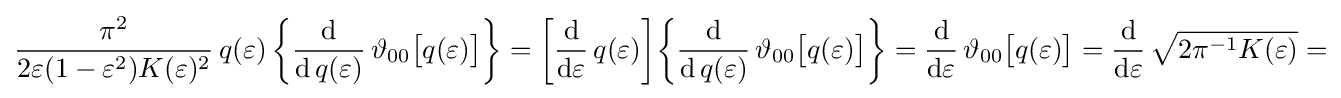
{\frac {\pi ^{2}}{2\varepsilon (1-\varepsilon ^{2})K(\varepsilon )^{2}}}\,q(\varepsilon )\,{\biggl \{}{\frac {\mathrm {d} }{\mathrm {d} \,q(\varepsilon )}}\,\vartheta _{00}{\bigl [}q(\varepsilon ){\bigr ]}{\biggr \}}={\biggl [}{\frac {\mathrm {d} }{\mathrm {d} \varepsilon }}\,q(\varepsilon ){\biggr ]}{\biggl \{}{\frac {\mathrm {d} }{\mathrm {d} \,q(\varepsilon )}}\,\vartheta _{00}{\bigl [}q(\varepsilon ){\bigr ]}{\biggr \}}={\frac {\mathrm {d} }{\mathrm {d} \varepsilon }}\,\vartheta _{00}{\bigl [}q(\varepsilon ){\bigr ]}={\frac {\mathrm {d} }{\mathrm {d} \varepsilon }}\,{\sqrt {2\pi ^{-1}K(\varepsilon )}}=